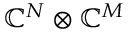
\mathbb { C } ^ { N } \otimes \mathbb { C } ^ { M }